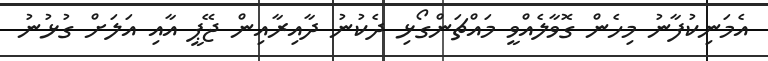
އެމަނިކުފާނު މިހެން ގޮވާލެއްވީ މައްޗަންގޯޅި ދެކުނު ދާއިރާއިން ޖޭޕީ އާއި އަލަށް ގުޅުނު